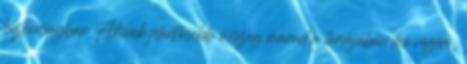
biztonságban Akinek jelentősebb összeg marad a tárcájában hó végére,